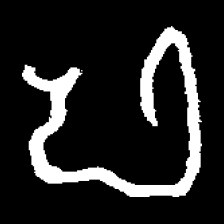
Pyu character \u2014 Myanmar letter: ဖ (romanized: pha)